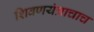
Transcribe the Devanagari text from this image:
शिवणयंत्राचाच